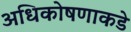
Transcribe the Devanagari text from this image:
अधिकोषणाकडे